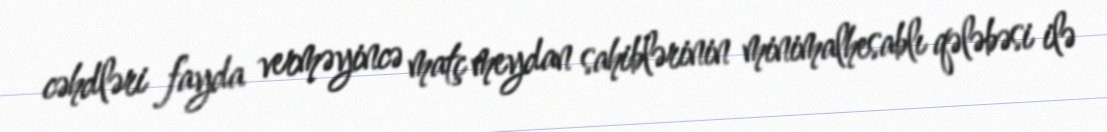
cəhdləri fayda verməyincə matç meydan sahiblərinin minimalhesablı qələbəsi ilə